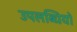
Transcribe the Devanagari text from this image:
उपलब्‍धियों